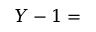
Y - 1 =